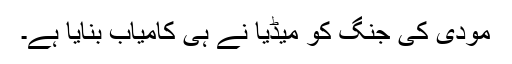
مودی کی جنگ کو میڈیا نے ہی کامیاب بنایا ہے۔